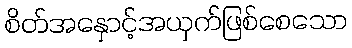
စိတ်အနှောင့်အယှက်ဖြစ်စေသော